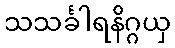
သသင်္ခါရနိဂ္ဂယှ